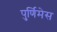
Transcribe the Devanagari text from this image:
पुर्णिमेस